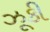
ઝૂકી